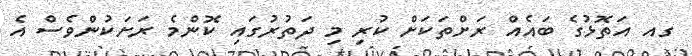
ގއ އަތޮޅުގެ ބައެއް ރަށްތަކަށް ކުރި މި ދަތުރުގައި ކޮންމެ ރަށަކުންވެސް އެ